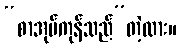
“စာအုပ်ကုန်သည်”တဲ့လား။